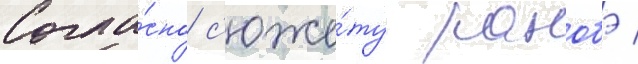
Согла́сно с'юже́ту ранобэ /